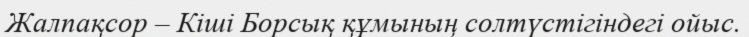
Жалпақсор – Кіші Борсық құмының солтүстігіндегі ойыс.